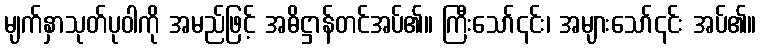
မျက်နှာသုတ်ပုဝါကို အမည်ဖြင့် အဓိဋ္ဌာန်တင်အပ်၏။ ကြီးသော်၎င်း၊ အများသော်၎င်း အပ်၏။